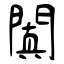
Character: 闐